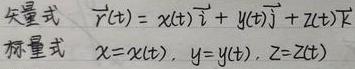
矢量式 $\vec{r}(t) = x(t)\vec{i} + y(t)\vec{j} + z(t)\vec{k}$
标量式 $x = x(t),\ y = y(t),\ z = z(t)$